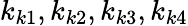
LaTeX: k_{k1},k_{k2},k_{k3},k_{k4}